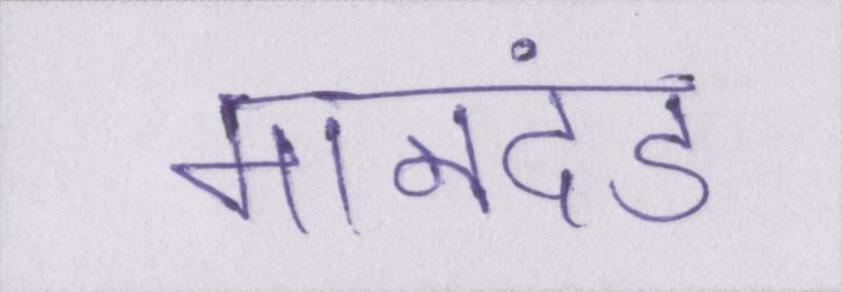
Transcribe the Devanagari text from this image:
मानदंड